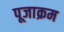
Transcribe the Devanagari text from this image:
पूजाक्रम